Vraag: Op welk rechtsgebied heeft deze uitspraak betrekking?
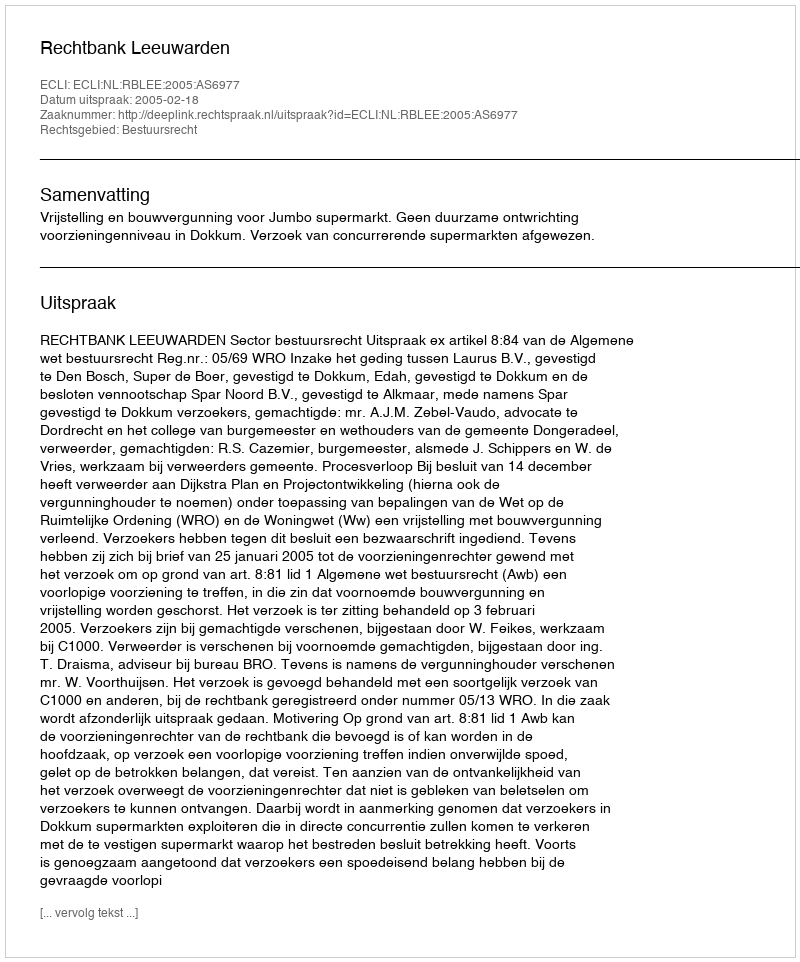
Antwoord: Bestuursrecht